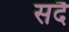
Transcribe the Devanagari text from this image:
सदै